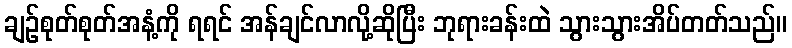
ချဉ်စုတ်စုတ်အနံ့ကို ရရင် အန်ချင်လာလို့ဆိုပြီး ဘုရားခန်းထဲ သွားသွားအိပ်တတ်သည်။